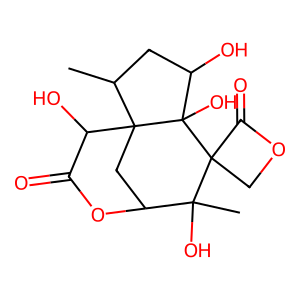
SMILES: CC1CC(O)C2(O)C13CC(OC(=O)C3O)C(C)(O)C21COC1=O
Inhibits HIV replication: No